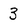
Character: 3